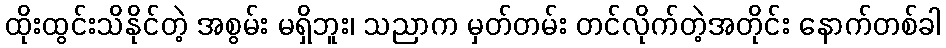
ထိုးထွင်းသိနိုင်တဲ့ အစွမ်း မရှိဘူး၊ သညာက မှတ်တမ်း တင်လိုက်တဲ့အတိုင်း နောက်တစ်ခါ